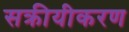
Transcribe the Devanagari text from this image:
सक्रीयीकरण